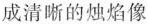
成清晰的烛焰像